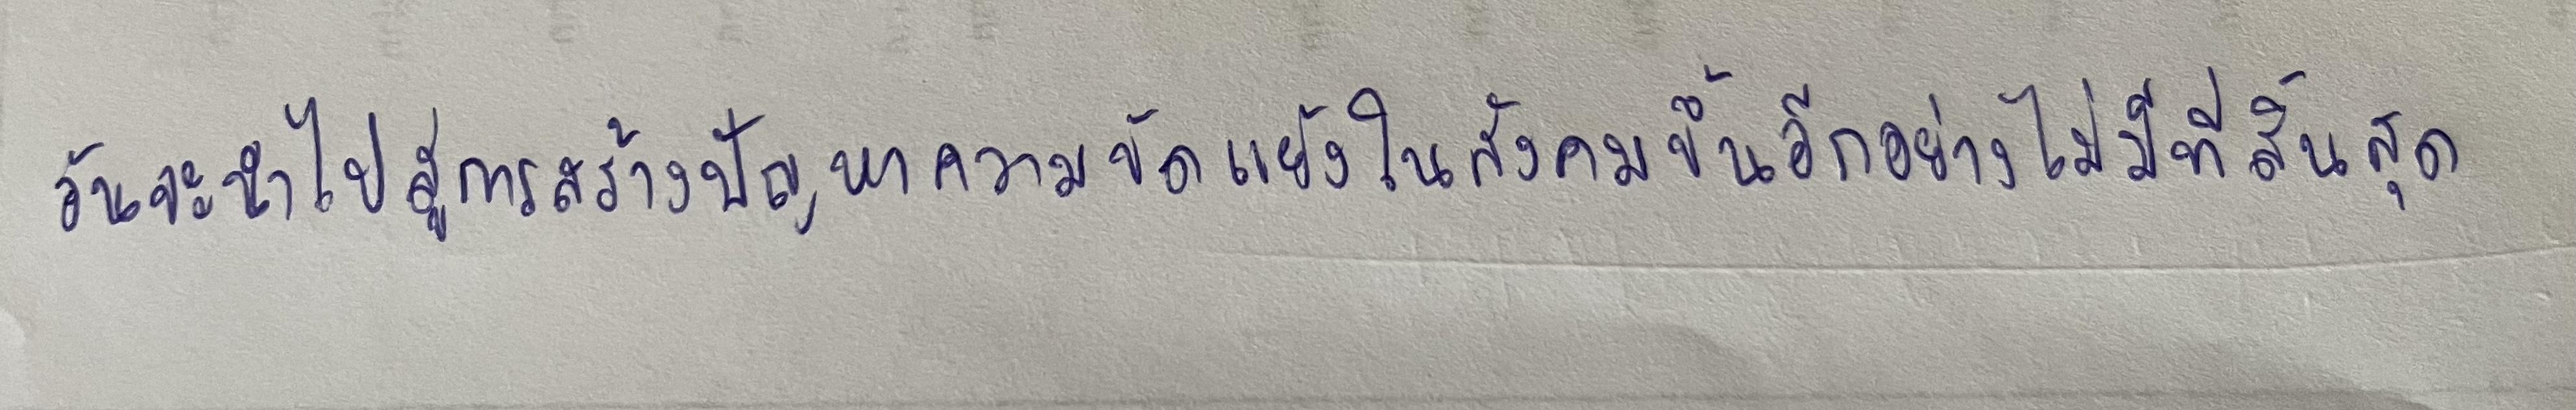
อันจะนำไปสู่การสร้างปัญหาความขัดแย้งในสังคมขึ้นอีกอย่างไม่มีที่สิ้นสุด